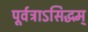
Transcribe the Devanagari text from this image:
पूर्वत्राऽसिद्धम्